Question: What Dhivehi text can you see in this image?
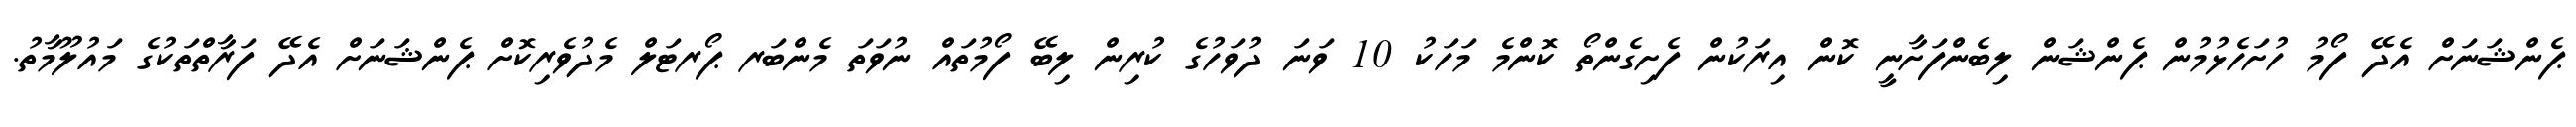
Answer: ޕެންޝަނަށް އެދޭ ފޯމު ހުށަހެޅުމުން ޕެންޝަން ލިބެންފަށާނީ ކޮން އިރަކުން ފެށިގެންތޯ ކޮންމެ މަހަކު 10 ވަނަ ދުވަހުގެ ކުރިން ލިބޭ ފޯމުތައް ނުވަތަ މެންބަރ ޕޯރޓަލް މެދުވެރިކޮށް ޕެންޝަނަށް އެދޭ ފަރާތްތަކުގެ މައުލޫމާތު.